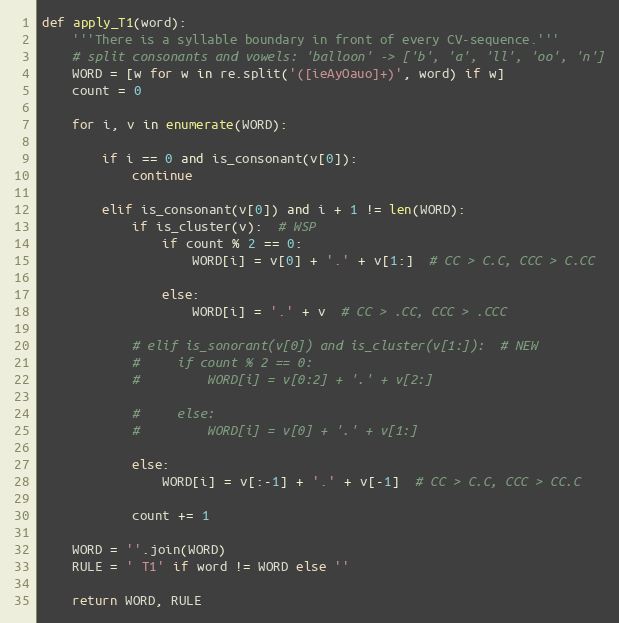
Language: Python
def apply_T1(word):
    '''There is a syllable boundary in front of every CV-sequence.'''
    # split consonants and vowels: 'balloon' -> ['b', 'a', 'll', 'oo', 'n']
    WORD = [w for w in re.split('([ieAyOauo]+)', word) if w]
    count = 0

    for i, v in enumerate(WORD):

        if i == 0 and is_consonant(v[0]):
            continue

        elif is_consonant(v[0]) and i + 1 != len(WORD):
            if is_cluster(v):  # WSP
                if count % 2 == 0:
                    WORD[i] = v[0] + '.' + v[1:]  # CC > C.C, CCC > C.CC

                else:
                    WORD[i] = '.' + v  # CC > .CC, CCC > .CCC

            # elif is_sonorant(v[0]) and is_cluster(v[1:]):  # NEW
            #     if count % 2 == 0:
            #         WORD[i] = v[0:2] + '.' + v[2:]

            #     else:
            #         WORD[i] = v[0] + '.' + v[1:]

            else:
                WORD[i] = v[:-1] + '.' + v[-1]  # CC > C.C, CCC > CC.C

            count += 1

    WORD = ''.join(WORD)
    RULE = ' T1' if word != WORD else ''

    return WORD, RULE